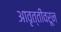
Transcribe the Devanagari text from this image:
आवृत्तीवरून